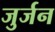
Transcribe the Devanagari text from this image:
जुर्जन